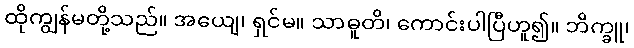
ထိုကျွန်မတို့သည်။ အယျေ၊ ရှင်မ။ သာဓူတိ၊ ကောင်းပါပြီဟူ၍။ ဘိက္ခူ၊